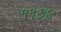
૧૧૭૪